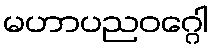
မဟာပညဝဂ္ဂေါ